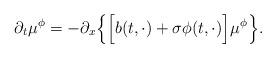
LaTeX: \begin{align*}\partial_t\mu^\phi = -\partial_x\Big\{\Big[ b(t, \cdot) + \sigma\phi(t, \cdot)\Big]\mu^\phi \Big\}.\end{align*}